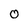
Character: 0